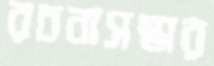
রচনাসম্ভার